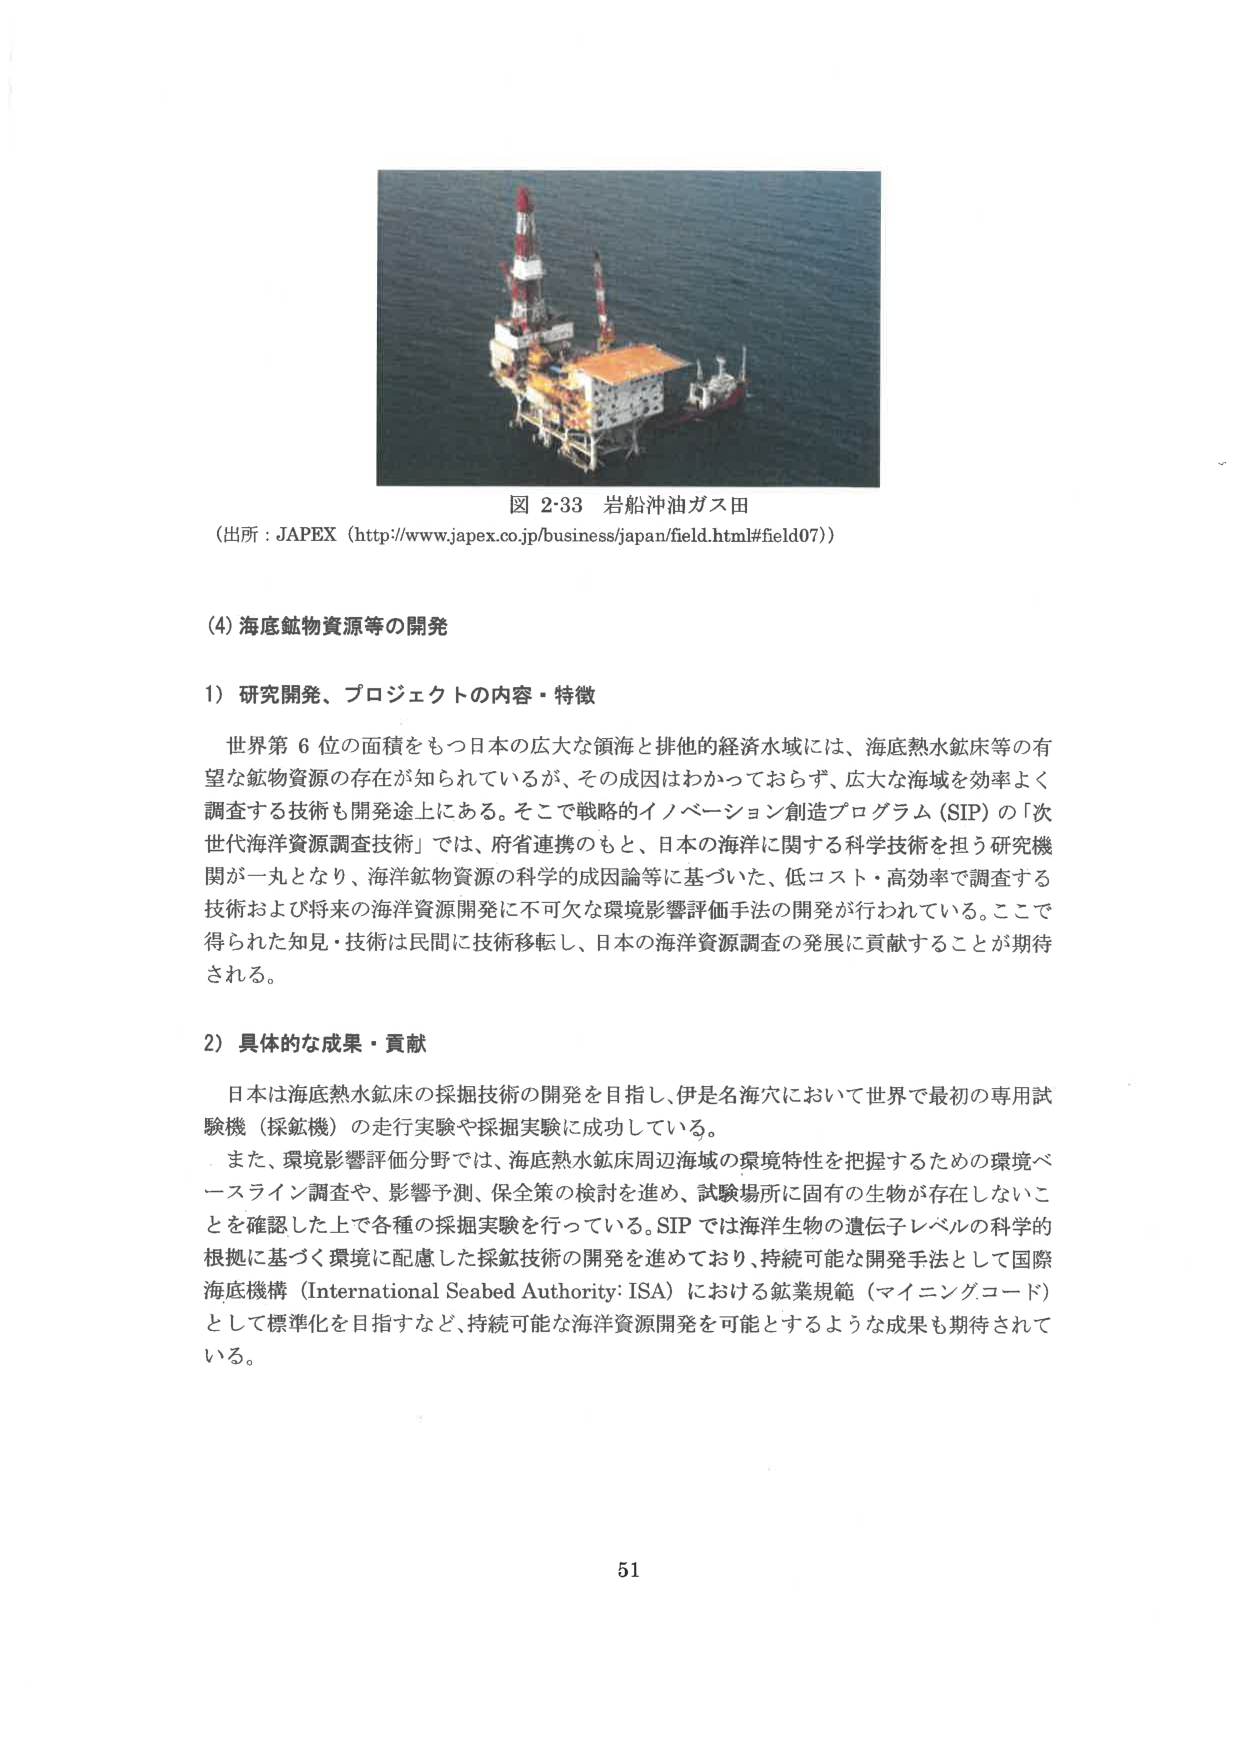
図 2・33 岩船沖油ガス田
（出所：JAPEX（http://www.japex.co.jp/business/japan/field.html#field07））

(4) 海底鉱物資源等の開発

1）研究開発、プロジェクトの内容・特徴
世界第6位の面積をもつ日本の広大な領海と排他的経済水域には、海底熱水鉱床等の有望な鉱物資源の存在が知られているが、その成因はわかっておらず、広大な海域を効率よく調査する技術も開発途上にある。そこで戦略的イノベーション創造プログラム（SIP）の「次世代海洋資源調査技術」では、府省連携のもと、日本の海洋に関する科学技術を担う研究機関が一丸となり、海洋鉱物資源の科学的成因論等に基づいた、低コスト・高効率で調査する技術および将来の海洋資源開発に不可欠な環境影響評価手法の開発が行われている。ここで得られた知見・技術は民間に技術移転し、日本の海洋資源調査の発展に貢献することが期待される。

2）具体的な成果・貢献
日本は海底熱水鉱床の採掘技術の開発を目指し、伊是名海穴において世界で最初の専用試験機（採鉱機）の走行実験や採掘実験に成功している。
また、環境影響評価分野では、海底熱水鉱床周辺海域の環境特性を把握するための環境ベースライン調査や、影響予測、保全策の検討を進め、試験場所に固有の生物が存在しないことを確認した上で各種の採掘実験を行っている。SIPでは海洋生物の遺伝子レベルの科学的根拠に基づく環境に配慮した採鉱技術の開発を進めており、持続可能な開発手法として国際海底機構（International Seabed Authority: ISA）における鉱業規範（マイニングコード）として標準化を目指すなど、持続可能な海洋資源開発を可能とするような成果も期待されている。

51